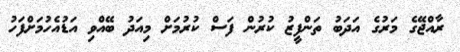
ރާއްޖޭގެ މަރުގެ އަދަބު ތަންފީޒު ކުރުން ފަސް ކުރުމަށް މިއަދު ބޭއްވި އަޑުއެހުމަށްފަހު